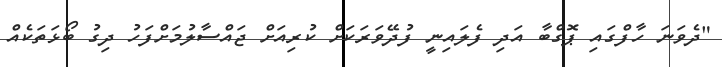
"ދެވަަނަ ހާފްގައި ޕޮގްބާ އަދި ފެލައިނީ ފުދޭވަރަކަށް ކުރިއަށް ޖައްސާލުމަށްފަހު ދިގު ބޯޅަތަކެއް